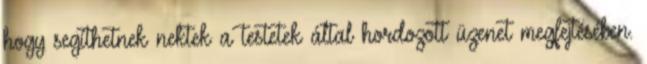
hogy segíthetnek nektek a testetek által hordozott üzenet megfejtésében.